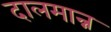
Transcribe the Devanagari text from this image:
दालमान्न